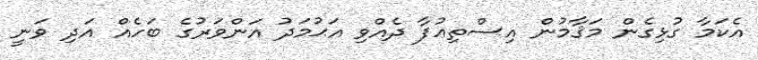
އެކަމާ ގުޅިގެން މަޤާމުން އިސްތިޢުފާ ދެއްވި އަޙުމަދު އަންވަރުގެ ބަހެއް އަދި ވަނީ